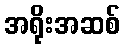
အရိုးအဆစ်